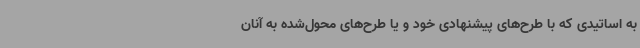
به اساتیدی که با طرح‌های پیشنهادی خود و یا طرح‌های محول‌شده به آنان